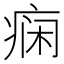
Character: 痫